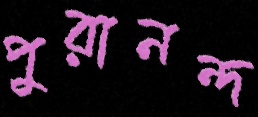
পুরানন্দ